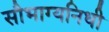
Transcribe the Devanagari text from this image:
सौभाग्यनिधी